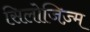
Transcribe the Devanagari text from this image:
सिलोजिज़्म